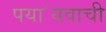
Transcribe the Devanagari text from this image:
पया॔यवाची